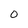
Character: 0